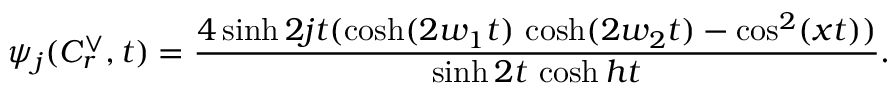
\psi _ { j } ( C _ { r } ^ { \vee } , t ) = \frac { 4 \sinh 2 j t ( \cosh ( 2 w _ { 1 } t ) \, \cosh ( 2 w _ { 2 } t ) - \cos ^ { 2 } ( x t ) ) } { \sinh 2 t \, \cosh h t } .